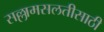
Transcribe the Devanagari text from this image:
सल्लामसलतीसाठी